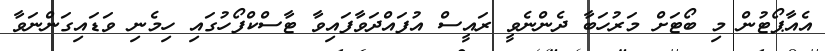
އެއާޕޯޓުން މި ބޯޓަށް މަރުހަބާ ދެންނެވީ ރައީސް އުފައްދަވާފައިވާ ޓާސްކްފޯހުގައި ހިމެނި ވަޑައިގަންނަވާ